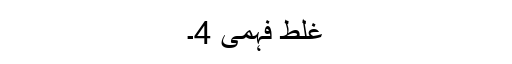
غلط فہمی 4۔